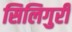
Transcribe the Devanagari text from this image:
सिलिगुरी